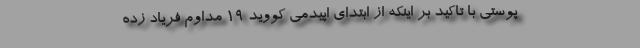
پوستی با تاکید بر اینکه از ابتدای اپیدمی کووید 19 مداوم فریاد زده